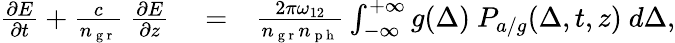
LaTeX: \begin{array}{rlr}{\frac{\partial E}{\partial t}+\frac{c}{n_{\mathrm{~g~r~}}}\ \frac{\partial E}{\partial z}}&{{}=}&{\frac{2\pi\omega_{12}}{n_{\mathrm{~g~r~}}n_{\mathrm{~p~h~}}}\int_{-\infty}^{+\infty}g(\Delta)\ P_{a/g}(\Delta,t,z)\ d\Delta,}\end{array}